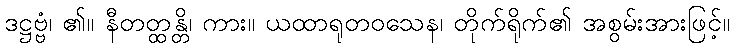
ဒဋ္ဌဗ္ဗံ၊ ၏။ နီတတ္ထန္တိ၊ ကား။ ယထာရုတဝသေန၊ တိုက်ရိုက်၏ အစွမ်းအားဖြင့်။